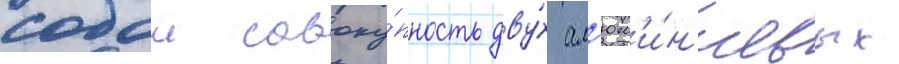
собои совоку́пность дву́х ал'юм'и́н'иевых